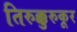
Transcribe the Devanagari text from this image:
तिरुक्कुरुकूर